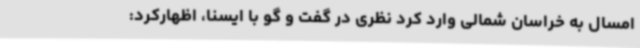
امسال به خراسان شمالی وارد کرد نظری در گفت و گو با ایسنا، اظهارکرد: